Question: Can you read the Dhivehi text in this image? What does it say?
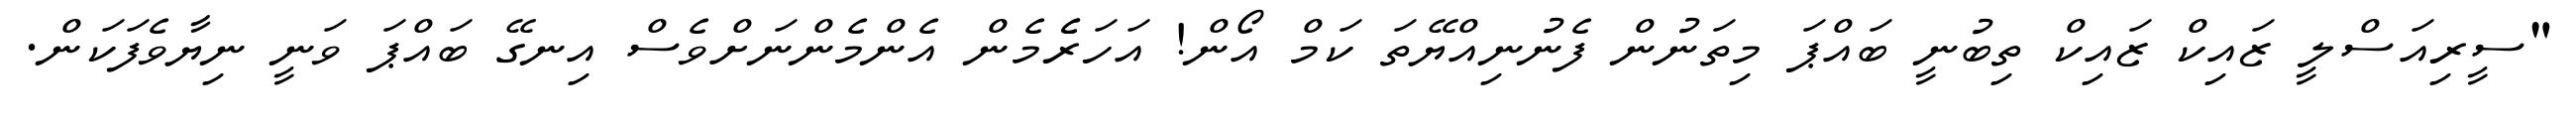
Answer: "ސީރިއަސްލީ ޒައިކް ޒައިކް ތިބުނީ ބައްޕަ މިތަނުން ފެނުނިއްޔޭތަ ކަމް އޯން! އަހަރެެމެން އެންމެންނަށްވެސް އިނގޭ ބައްޕަ ވަނީ ނިޔާވެފަކަން.